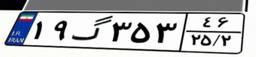
۱۹گ۳۵۳۴۶